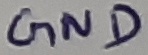
Text: GND